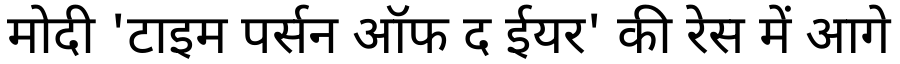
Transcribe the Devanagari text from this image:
मोदी 'टाइम पर्सन ऑफ द ईयर' की रेस में आगे